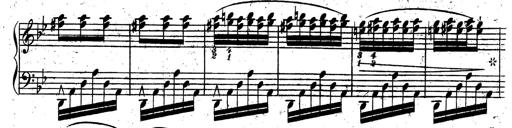
Title: Rondeau fantastique sur un thÃ¨me espagnol
Composer: Franz Liszt